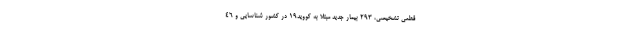
قطعی تشخیصی، ۲۹۳ بیمار جدید مبتلا به کووید۱۹ در کشور شناسایی و ۴۶